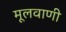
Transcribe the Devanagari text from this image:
मूलवाणी